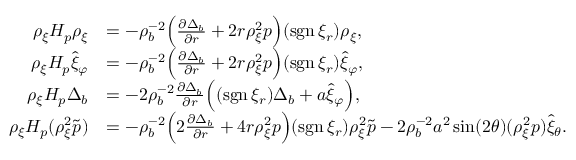
\begin{array} { r l } { \rho _ { \xi } H _ { p } \rho _ { \xi } } & { = - \rho _ { b } ^ { - 2 } \Big ( \frac { \partial \Delta _ { b } } { \partial r } + 2 r \rho _ { \xi } ^ { 2 } p \Big ) ( \mathrm { s g n \, } \xi _ { r } ) \rho _ { \xi } , } \\ { \rho _ { \xi } H _ { p } \hat { \xi } _ { \varphi } } & { = - \rho _ { b } ^ { - 2 } \Big ( \frac { \partial \Delta _ { b } } { \partial r } + 2 r \rho _ { \xi } ^ { 2 } p \Big ) ( \mathrm { s g n \, } \xi _ { r } ) \hat { \xi } _ { \varphi } , } \\ { \rho _ { \xi } H _ { p } \Delta _ { b } } & { = - 2 \rho _ { b } ^ { - 2 } \frac { \partial \Delta _ { b } } { \partial r } \Big ( ( \mathrm { s g n \, } \xi _ { r } ) \Delta _ { b } + a \hat { \xi } _ { \varphi } \Big ) , } \\ { \rho _ { \xi } H _ { p } ( \rho _ { \xi } ^ { 2 } \tilde { p } ) } & { = - \rho _ { b } ^ { - 2 } \Big ( 2 \frac { \partial \Delta _ { b } } { \partial r } + 4 r \rho _ { \xi } ^ { 2 } p \Big ) ( \mathrm { s g n \, } \xi _ { r } ) \rho _ { \xi } ^ { 2 } \tilde { p } - 2 \rho _ { b } ^ { - 2 } a ^ { 2 } \sin ( 2 \theta ) ( \rho _ { \xi } ^ { 2 } p ) \hat { \xi } _ { \theta } . } \end{array}